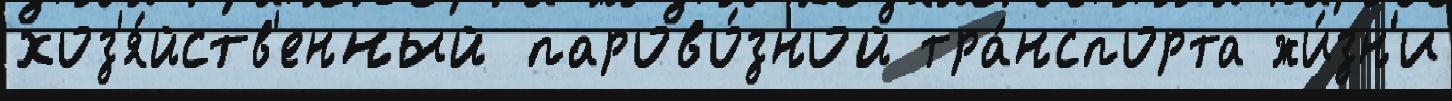
хоз'я́йств'енный парово́зной тра́нспорта жи́зн'и